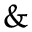
{ \& }